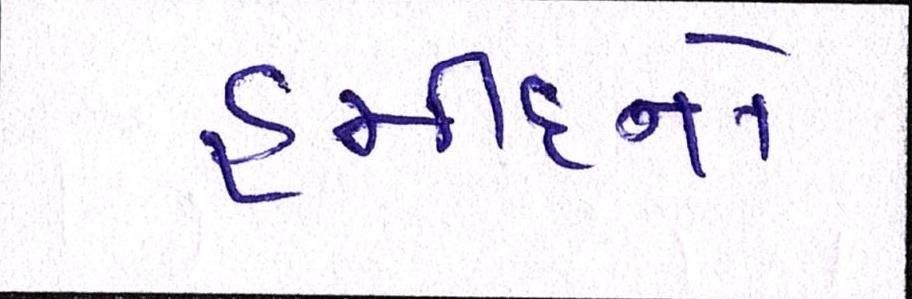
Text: હમીદનો